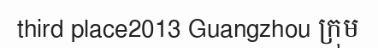
third place2013 Guangzhou ក្រុម